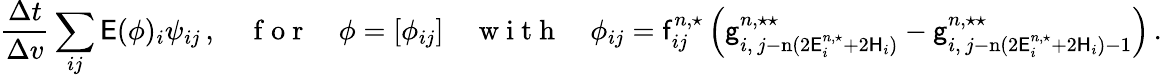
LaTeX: \frac{\Delta t}{\Delta v}\sum_{ij}\mathsf{E}(\phi)_{i}\psi_{ij}\, ,\quad\mathrm{~f~o~r~}\quad\phi=[\phi_{ij}]\quad\mathrm{~w~i~t~h~}\quad\phi_{ij}=\mathsf{f}_{ij}^{n,\star}\left(\mathsf{g}_{i,\, j-\mathrm{n}(2\mathsf{E}_{i}^{n,\star}+2\mathsf{H}_{i})}^{n,\star\star}-\mathsf{g}_{i,\, j-\mathrm{n}(2\mathsf{E}_{i}^{n,\star}+2\mathsf{H}_{i})-1}^{n,\star\star}\right)\, .